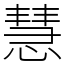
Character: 慧